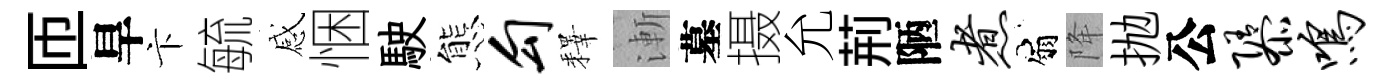
匝旱卞毓感悃駛態勾釋漸墓摄允荊陋煮扇降抛公隳鸣